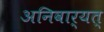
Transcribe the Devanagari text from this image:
अनिवार्यत्